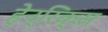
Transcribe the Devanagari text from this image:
हेन्रिक्स